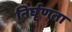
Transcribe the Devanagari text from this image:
निर्घृणता